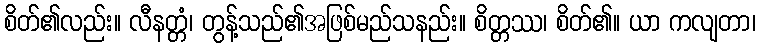
စိတ်၏လည်း။ လီနတ္တံ၊ တွန့်သည်၏အဖြစ်မည်သနည်း။ စိတ္တဿ၊ စိတ်၏။ ယာ ကလျတာ၊